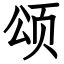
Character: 颂